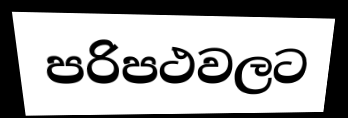
පරිපථවලට